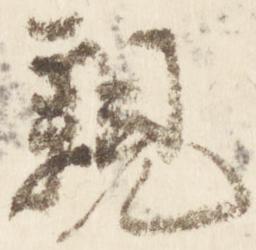
親